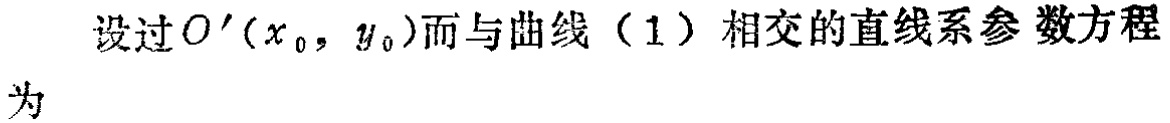
设过\(O'(x_{0},y_{0})\)而与曲线（1）相交的直线系参数方程为